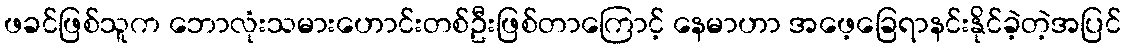
ဖခင်ဖြစ်သူက ဘောလုံးသမားဟောင်းတစ်ဦးဖြစ်တာကြောင့် နေမာဟာ အဖေ့ခြေရာနင်းနိုင်ခဲ့တဲ့အပြင်